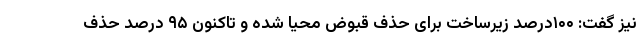
نیز گفت: ۱۰۰درصد زیرساخت برای حذف قبوض محیا شده و تاکنون ۹۵ درصد حذف